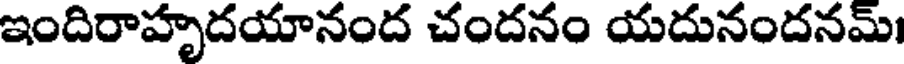
ఇందిరాహృదయానంద చందనం యదునందనమ్